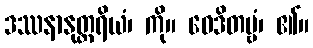
ဒဿနာနုတ္တရိယံ၊ ကို။ ဝေဒိတဗ္ဗံ၊ ၏။